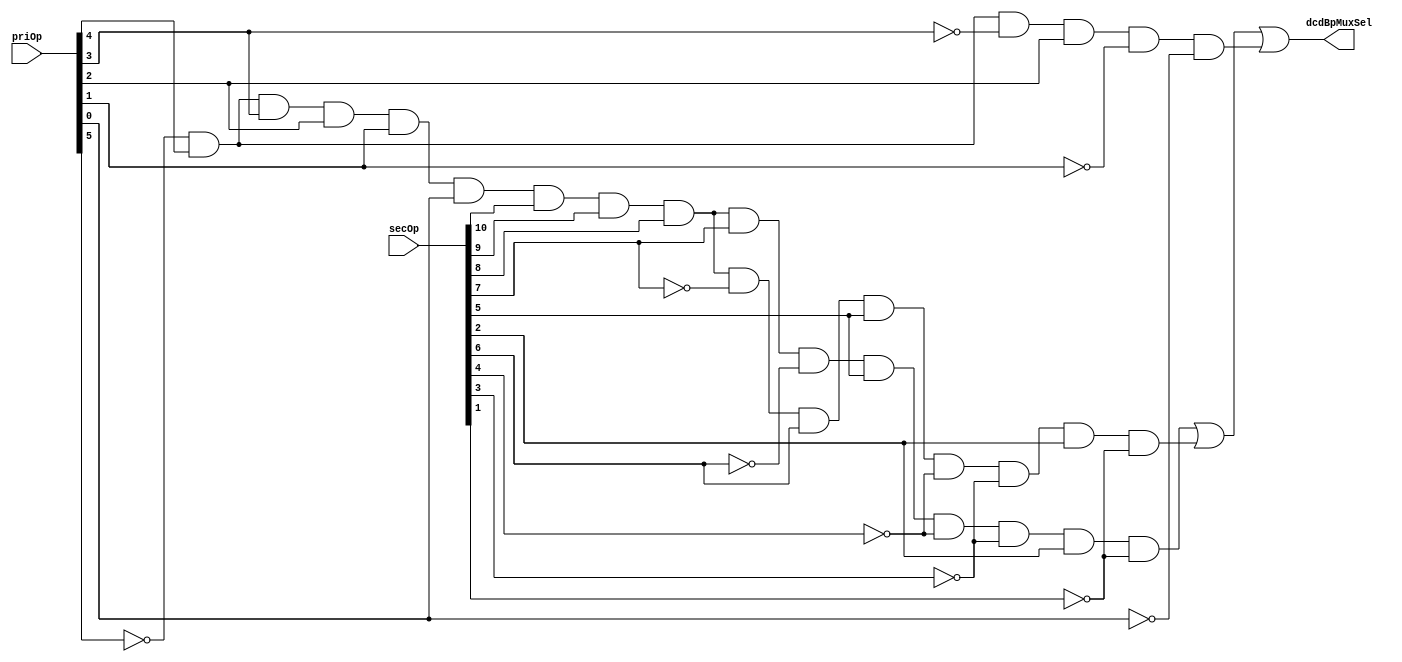
// 
// ************************************************************************** 
// 
//  Copyright (c) International Business Machines Corporation, 2005. 
// 
//  This file contains trade secrets and other proprietary and confidential 
//  information of International Business Machines Corporation which are 
//  protected by copyright and other intellectual property rights and shall 
//  not be reproduced, transferred to other documents, disclosed to others, 
//  or used for any purpose except as specifically authorized in writing by 
//  International Business Machines Corporation. This notice must be 
//  contained as part of this text at all times. 
// 
// ************************************************************************** 
//
//  from espresso format file on Wed May 12 16:17:47 EDT 1999
// modulename is bPortPla
// input file is bPortPla.pers
// output file is bPortPla.v
// espresso will be called.
// ############################
// #                          #
// #  bPortPla  personality   #
// #                          #
// ############################
//
// # the types are:
// #.f    ones=1 , zero= comp ones, dcs = null
// #        this is like a regular PLA
// #.fd   dcs = -, ones = 1 without -, zero = comp(dcs union ones)
// #        all unlisted input combinations produce a 0 output
// #        note that if an output is covered by both a - and 1, it is -
// #.fr   ones = 1, zero=0, dcs= comp(ones union zero)
// #        all unlisted input combinations are don't cares
// #        note that if an output is covered by both a 0 and 1, it is error
// #.fdr  ones = 1, zero=0, dcs=-
// #        all unlisted input combinations are ?
// #        does not say what happens if overlapping covers
// #
// .outputnames dcdBpMuxSel
// .inputnames priOp[0:5] secOp[21:31]
// .type fd
// .i 17
// .o 1
// # History:
// # 01/14/98 Created.
// # 01/09/99 SBP Changed the secondaryOp of instr machhws from 118 to 108.
// #
// #
// #  NOTE 1) Added the floating point Instr to 401 dcdPla to create this PLA.
// #
// #  NOTE 2) plaCoproc is the coprocessor instruction enable signal. This pla activates this signal for the IBM portion of the#
// #          sandbox ops and for mult/div instructions that are to be coprocessor driven as indicated by the mult and div enable
// #          inputs.
// #
// #

// #-----------------------------------------------------
// #  INPUTS                                 | OUTPUTS
// #                                         |
// #                                         |  BPort
// #                                         |  Ad
// #Op        ExtOp     R                    |  Mx
// #I0-I5     I21  - I30C                    |  0
// #-----     -----------                       -
// #MAC Instructions
// # machhwu  RT,RA,RB  PRI = 4  SEC = 12
// 000100     -000001100-                       0
// # machhw   RT,RA,RB  PRI = 4  SEC = 44
// 000100     -000101100-                       0
// # machhwsu RT,RA,RB  PRI = 4  SEC = 76
// 000100     -001001100-                       0
// # machhws  RT,RA,RB  PRI = 4  SEC = 108
// 000100     -001101100-                       0
// # maclhwu  RT,RA,RB  PRI = 4  SEC = 396
// 000100     -110001100-                       0
// # maclhw   RT,RA,RB  PRI = 4  SEC = 428
// 000100     -110101100-                       0
// # maclhwsu RT,RA,RB  PRI = 4  SEC = 460
// 000100     -111001100-                       0
// # maclhws  RT,RA,RB  PRI = 4  SEC = 492
// 000100     -111101100-                       0
// # macchwu  RT,RA,RB  PRI = 4  SEC = 140
// 000100     -010001100-                       0
// # macchw   RT,RA,RB  PRI = 4  SEC = 172
// 000100     -010101100-                       0
// # macchwsu RT,RA,RB  PRI = 4  SEC = 204
// 000100     -011001100-                       0
// # macchws  RT,RA,RB  PRI = 4  SEC = 236
// 000100     -011101100-                       0
// # mulhhwu  RT,RA,RB  PRI = 4  SEC = 8
// 000100     0000001000-                       0
// # mulhhw   RT,RA,RB  PRI = 4  SEC = 40
// 000100     0000101000-                       0
// # mullhwu  RT,RA,RB  PRI = 4  SEC = 392
// 000100     0110001000-                       0
// # mullhw   RT,RA,RB  PRI = 4  SEC = 424
// 000100     0110101000-                       0
// # mulchwu  RT,RA,RB  PRI = 4  SEC = 136
// 000100     0010001000-                       0
// # mulchw   RT,RA,RB  PRI = 4  SEC = 168
// 000100     0010101000-                       0
// # nmachhw  RT,RA,RB  PRI = 4  SEC = 46
// 000100     -000101110-                       0
// # nmaclhw  RT,RA,RB  PRI = 4  SEC = 430
// 000100     -110101110-                       0
// # nmacchw  RT,RA,RB  PRI = 4  SEC = 174
// 000100     -010101110-                       0
// # nmachhws RT,RA,RB  PRI = 4  SEC = 110
// 000100     -001101110-                       0
// # nmaclhws RT,RA,RB  PRI = 4  SEC = 494
// 000100     -111101110-                       0
// # nmacchws RT,RA,RB  PRI = 4  SEC = 238
// 000100     -011101110-                       0
// #
// #
// #

// #-----------------------------------------------------
// #  INPUTS                                 | OUTPUTS
// #                                         |
// #                                         |  BPort
// #                                         |  Ad
// #Op        ExtOp     R                    |  Mx
// #I0-I5     I21  - I30C                    |  0
// #-----     -----------                       -
// #Fixed Point Arithmetic Instructions
// #   addi   RT,RA.SI  PRI = 14 SEC = None
// 001110     -----------                       ~
// #   addis  RT,RA,SI  PRI = 15 SEC = None
// 001111     -----------                       ~
// #   add    RT,RA,RB  PRI = 31 SEC = 266
// 011111     -100001010-                       0
// #   subf   RT,RA,RB  PRI = 31 SEC =  40
// 011111     -000101000-                       0
// #   addic  RT,RA,SI  PRI = 12 SEC = None
// 001100     -----------                       ~
// #   addic. RT,RA,SI  PRI = 13 SEC = None
// 001101     -----------                       ~
// #   subfic RT,RA,SI  PRI =  8 SEC = None
// 001000     -----------                       ~
// #   addc   RT,RA,RB  PRI = 31 SEC =  10
// 011111     -000001010-                       0
// #   subfc  RT,RA,RB  PRI = 31 SEC =   8
// 011111     -000001000-                       0
// #   adde   RT,RA,RB  PRI = 31 SEC = 138
// 011111     -010001010-                       0
// #   subfe  RT,RA,RB  PRI = 31 SEC = 136
// 011111     -010001000-                       0
// #   addme  RT,RA     PRI = 31 SEC = 234
// 011111     -011101010-                       ~
// #   subfme RT,RA     PRI = 31 SEC = 232
// 011111     -011101000-                       ~
// #   addze  RT,RA     PRI = 31 SEC = 202
// 011111     -011001010-                       ~
// #   subfze RT,RA     PRI = 31 SEC = 200
// 011111     -011001000-                       ~
// #   neg    RT,RA     PRI = 31 SEC = 104
// 011111     -001101000-                       ~
// #   mulli  RT,RA,SI  PRI =  7 SEC = None
// 000111     -----------                       ~
// #   mullw  RT,RA,RB  PRI = 31 SEC = 235
// 011111     -011101011-                       0
// #   mulhw  RT,RA,RB  PRI = 31 SEC =  75
// 011111     0001001011-                       0
// #   mulhwu RT,RA,RB  PRI = 31 SEC =  11
// 011111     0000001011-                       0
// #   divw   RT,RA,RB  PRI = 31 SEC = 491
// 011111     -111101011-                       0
// #   divwu  RT,RA,RB  PRI = 31 SEC = 459
// 011111     -111001011-                       0
// #
// #
// #

// #-----------------------------------------------------
// #  INPUTS                                 | OUTPUTS
// #                                         |
// #                                         |  BPort
// #                                         |  Ad
// #Op        ExtOp     R                    |  Mx
// #I0-I5     I21    I30C                    |  0
// #-----     -----------                       -
// # Fixed Point Compare Instruction
// #   cmpwi  BF,RA,SI  PRI = 11 SEC = None
// 001011     -----------                       ~
// #   cmpw   BF,RA,RB  PRI = 31 SEC =   0
// 011111     0000000000-                       0
// #   cmplwi BF,RA,UI  PRI = 10 SEC = None
// 001010     -----------                       ~
// #   cmplw  BF,RA,RB  PRI = 31 SEC =  32
// 011111     0000100000-                       0
// # Fixed Point Trap Instructions
// #   twi    TO,RA,SI  PRI =  3 SEC = None
// 000011     -----------                       ~
// #   tw     TO,RA,RB  PRI = 31 SEC =   4
// 011111     0000000100-                       0
// # Fixed Point Logical Instruction
// #   andi.  RA,RS,UI  PRI = 28 SEC = None
// 011100     -----------                       ~
// #   andis. RA,RS,UI  PRI = 29 SEC = None
// 011101     -----------                       ~
// #   ori    RA,RS,UI  PRI = 24 SEC = None
// 011000     -----------                       ~
// #   oris   RA,RS,UI  PRI = 25 SEC = None
// 011001     -----------                       ~
// #   xori   RA,RS,UI  PRI = 26 SEC = None
// 011010     -----------                       ~
// #   xoris  RA,RS,UI  PRI = 27 SEC = None
// 011011     -----------                       ~
// #   and    RA,RS,RB  PRI = 31 SEC =  28
// 011111     0000011100-                       0
// #   or     RA,RS,RB  PRI = 31 SEC = 444
// 011111     0110111100-                       0
// #   xor    RA,RS,RB  PRI = 31 SEC = 316
// 011111     0100111100-                       0
// #   nand   RA,RS,RB  PRI = 31 SEC = 476
// 011111     0111011100-                       0
// #   nor    RA,RS,RB  PRI = 31 SEC = 124
// 011111     0001111100-                       0
// #   eqv    RA,RS,RB  PRI = 31 SEC = 284
// 011111     0100011100-                       0
// #   andc   RA,RS,RB  PRI = 31 SEC =  60
// 011111     0000111100-                       0
// #   orc    RA,RS,RB  PRI = 31 SEC = 412
// 011111     0110011100-                       0
// #   extsb  RA,RS     PRI = 31 SEC = 954
// 011111     1110111010-                       ~
// #   extsh  RA,RS     PRI = 31 SEC = 922
// 011111     1110011010-                       ~
// #   cntlzw RA,RS     PRI = 31 SEC =  26
// 011111     0000011010-                       ~
// #   dlmzb  RA,RS,RB  PRI = 31 SEC =  78
// 011111     0001001110-                       0
// #
// #

// #-----------------------------------------------------
// #  INPUTS                                 | OUTPUTS
// #                                         |
// #                                         |  BPort
// #                                         |  Ad
// #Op        ExtOp     R                    |  Mx
// #I0-I5     I21  - I30C                    |  0
// #-----     -----------                       -
// # Fixed Point Rotate and Shift Instructions
// # rlwinm RA,RS,SH,MB,ME PRI = 21 SEC = None
// 010101     -----------                       ~
// # rlwnm  RA,RS,RB,MB,ME PRI = 23 SEC = None
// 010111     -----------                       0
// # rlwimi RA,RS,SH,MB,ME PRI = 20 SEC = None
// 010100     -----------                       1
// # slw    RA,RS,RB       PRI = 31 SEC =  24
// 011111     0000011000-                       0
// # srw    RA,RS,RB       PRI = 31 SEC = 536
// 011111     1000011000-                       0
// # srawi  RA,RS,SH       PRI = 31 SEC = 824
// 011111     1100111000-                       ~
// # sraw   RA,RS,RB       PRI = 31 SEC = 792
// 011111     1100011000-                       0
// #
// # CR Logical Instructions
// #   crand  BT,BA,BB  PRI = 19 SEC = 257
// 010011     0100000001-                       ~
// #   cror   BT,BA,BB  PRI = 19 SEC = 449
// 010011     0111000001-                       ~
// #   crxor  BT,BA,BB  PRI = 19 SEC = 193
// 010011     0011000001-                       ~
// #   crnand BT,BA,BB  PRI = 19 SEC = 225
// 010011     0011100001-                       ~
// #   crnor  BT,BA,BB  PRI = 19 SEC =  33
// 010011     0000100001-                       ~
// #   creqv  BT,BA,BB  PRI = 19 SEC = 289
// 010011     0100100001-                       ~
// #   crandc BT,BA,BB  PRI = 19 SEC = 129
// 010011     0010000001-                       ~
// #   crorc  BT,BA,BB  PRI = 19 SEC = 417
// 010011     0110100001-                       ~
// #   mcrf   BF,BFA    PRI = 19 SEC =   0
// 010011     0000000000-                       ~
// #
// #

// #-----------------------------------------------------
// #  INPUTS                                 | OUTPUTS
// #                                         |
// #                                         |  BPort
// #                                         |  Ad
// #Op        ExtOp     R                    |  Mx
// #I0-I5     I21  - I30C                    |  0
// #-----     -----------                       -
// # Fixed Point Load Instructions
// #   lbz   RT,D(RA)   PRI = 34 SEC = None
// 100010     -----------                       ~
// #   lbzu  RT,D(RA)   PRI = 35 SEC = None
// 100011     -----------                       ~
// #   lbzx  RT,RA,RB   PRI = 31 SEC =  87
// 011111     0001010111-                       0
// #   lbzux RT,RA,RB   PRI = 31 SEC = 119
// 011111     0001110111-                       0
// #   lhz   RT,D(RA)   PRI = 40 SEC = None
// 101000     -----------                       ~
// #   lhzu  RT,D(RA)   PRI = 41 SEC = None
// 101001     -----------                       ~
// #   lhzx  RT,RA,RB   PRI = 31 SEC = 279
// 011111     0100010111-                       0
// #   lhzux RT,RA,RB   PRI = 31 SEC = 311
// 011111     0100110111-                       0
// #   lha   RT,D(RA)   PRI = 42 SEC = None
// 101010     -----------                       ~
// #   lhau  RT,D(RA)   PRI = 43 SEC = None
// 101011     -----------                       ~
// #   lhax  RT,RA,RB   PRI = 31 SEC = 343
// 011111     0101010111-                       0
// #   lhaux RT,RA,RB   PRI = 31 SEC = 375
// 011111     0101110111-                       0
// #   lwz   RT,D(RA)   PRI = 32 SEC = None
// 100000     -----------                       ~
// #   lwzu  RT,D(RA)   PRI = 33 SEC = None
// 100001     -----------                       ~
// #   lwzx  RT,RA,RB   PRI = 31 SEC =  23
// 011111     0000010111-                       0
// #   lwzux RT,RA,RB   PRI = 31 SEC =  55
// 011111     0000110111-                       0
// #
// # Fixed Point Store Instructions
// #   stb   RS,D(RA)   PRI = 38 SEC = None
// 100110     -----------                       ~
// #   stbu  RS,D(RA)   PRI = 39 SEC = None
// 100111     -----------                       ~
// #   stbx  RS,RA,RB   PRI = 31 SEC = 215
// 011111     0011010111-                       0
// #   stbux RS,RA,RB   PRI = 31 SEC = 247
// 011111     0011110111-                       0
// #   sth   RS,D(RA)   PRI = 44 SEC = None
// 101100     -----------                       ~
// #   sthu  RS,D(RA)   PRI = 45 SEC = None
// 101101     -----------                       ~
// #   sthx  RS,RA,RB   PRI = 31 SEC = 407
// 011111     0110010111-                       0
// #   sthux RS,RA,RB   PRI = 31 SEC = 439
// 011111     0110110111-                       0
// #   stw   RS,D(RA)   PRI = 36 SEC = None
// 100100     -----------                       ~
// #   stwu  RS,D(RA)   PRI = 37 SEC = None
// 100101     -----------                       ~
// #   stwx  RS,RA,RB   PRI = 31 SEC = 151
// 011111     0010010111-                       0
// #   stwux RS,RA,RB   PRI = 31 SEC = 183
// 011111     0010110111-                       0
// #
// #

// #-----------------------------------------------------
// #  INPUTS                                 | OUTPUTS
// #                                         |
// #                                         |  BPort
// #                                         |  Ad
// #Op        ExtOp     R                    |  Mx
// #I0-I5     I21  - I30C                    |  0
// #-----     -----------                       -
// # Fixed Point Load and Store with Byte Reversal
// #   lhbrx  RT,RA,RB  PRI = 31 SEC = 790
// 011111     1100010110-                       0
// #   lwbrx  RT,RA,RB  PRI = 31 SEC = 534
// 011111     1000010110-                       0
// #   sthbrx RS,RA,RB  PRI = 31 SEC = 918
// 011111     1110010110-                       0
// #   stwbrx RS,RA,RB  PRI = 31 SEC = 662
// 011111     1010010110-                       0
// #
// # Fixed Point Load and Store Multiple Instructions
// #   lmw  RT,D(RA)    PRI = 46 SEC = None
// 101110     -----------                       ~
// #   stmw RS,D(RA)    PRI = 47 SEC = None
// 101111     -----------                       ~
// #
// # Fixed Point Move Assist Instructions
// #   lswi  RT,RA,NB   PRI = 31 SEC = 597
// 011111     1001010101-                       ~
// #   lswx  RT,RA,RB   PRI = 31 SEC = 533
// 011111     1000010101-                       0
// #   stswi RS,RA,NB   PRI = 31 SEC = 725
// 011111     1011010101-                       ~
// #   stswx RS,RA,RB   PRI = 31 SEC = 661
// 011111     1010010101-                       0
// #
// # Storage Synchronization Instructions
// #   lwarx  RT,RA,RB  PRI = 31 SEC =  20
// 011111     0000010100-                       0
// #   stwcx. RS,RA,RB  PRI = 31 SEC = 150
// 011111     00100101101                       0
// #   sync             PRI = 31 SEC = 598
// 011111     1001010110-                       ~
// #
// #

// #-----------------------------------------------------
// #  INPUTS                                 | OUTPUTS
// #                                         |
// #                                         |  BPort
// #                                         |  Ad
// #Op        ExtOp     R                    |  Mx
// #I0-I5     I21  - I30C                    |  0
// #-----     -----------                       -
// # Miscellaneous Instructions
// #   mtcrf  FXM,RS    PRI = 31 SEC = 144
// 011111     0010010000-                       ~
// #   mfcr   RT        PRI = 31 SEC =  19
// 011111     0000010011-                       ~
// #   mcrxr  BF        PRI = 31 SEC = 512
// 011111     1000000000-                       ~
// #   mfspr  RT,SPR    PRI = 31 SEC = 339,371
// 011111     0101-10011-                       ~
// #   mtspr  SPR,RS    PRI = 31 SEC = 467
// 011111     0111010011-                       ~
// #   mfdcr  RT,DCR    PRI = 31 SEC = 323
// 011111     0101000011-                       ~
// #   mtdcr  DCR,RS    PRI = 31 SEC = 451
// 011111     0111000011-                       ~
// #   mfmsr  RT        PRI = 31 SEC = 339
// 011111     0001010011-                       ~
// #   mtmsr  RS        PRI = 31 SEC = 467
// 011111     0010010010-                       ~
// #
// #  system call
// #   sc               PRI = 17 SEC =   1
// 010001     ---------1-                       ~
// #
// # Interrupt Control Instructions
// #   rfi              PRI = 19 SEC =  50
// 010011     0000110010-                       ~
// #   rfci             PRI = 19 SEC =  51
// 010011     0000110011-                       ~
// #   wrtee  RS        PRI = 31 SEC = 131
// 011111     0010000011-                       ~
// #   wrteei E         PRI = 31 SEC = 163
// 011111     0010100011-                       ~
// #
// #

// #-----------------------------------------------------
// #  INPUTS                                 | OUTPUTS
// #                                         |
// #                                         |  BPort
// #                                         |  Ad
// #Op        ExtOp     R                    |  Mx
// #I0-I5     I21  - I30C                    |  0
// #-----     -----------                       -
// # Storage Control Instructions
// #   eieio            PRI = 31 SEC = 854
// 011111     1101010110-                       ~
// #   isync            PRI = 19 SEC = 150
// 010011     0010010110-                       ~
// #   dcbt   RA,RB     PRI = 31 SEC = 278
// 011111     0100010110-                       0
// #   dcbtst RA,RB     PRI = 31 SEC = 246
// 011111     0011110110-                       0
// #   dcbz/dcba   RA,RB  PRI = 31  SEC =1014/75
// 011111     1-11110110-                       0
// #   dcbst  RA,RB     PRI = 31 SEC =  54
// 011111     0000110110-                       0
// #   dcbf   RA,RB     PRI = 31 SEC =  86
// 011111     0001010110-                       0
// #   dcbi   RA,RB     PRI = 31 SEC = 470
// 011111     0111010110-                       0
// #   dccci  RA,RB     PRI = 31 SEC = 454
// 011111     0111000110-                       0
// #   dcread RT,RA,RB  PRI = 31 SEC = 486
// 011111     0111100110-                       0
// #   icbt   RA,RB     PRI = 31 1EC = 262
// 011111     0100000110-                       0
// #   icbi   RA,RB     PRI = 31 SEC = 982
// 011111     1111010110-                       0
// #   iccci  RA,RB     PRI = 31 SEC = 965
// 011111     1111000110-                       0
// #   icread RA,RB     PRI = 31 SEC = 998
// 011111     1111100110-                       0
// #
// #
// # TLB instructions
// # tlbia              PRI = 31 SEC = 370
// 011111     0101110010-                       ~
// # tlbsx(.) RT,RA,RB  PRI = 31 SEC = 914
// 011111     1110010010-                       0
// # tlbre    RT,RA,WS  PRI = 31 SEC = 946
// 011111     1110110010-                       1
// # tlbwe    RS,RA,WS  PRI = 31 SEC = 978
// 011111     1111010010-                       1
// # tlbsync            PRI = 31 SEC = 566
// 011111     1000110110-                       ~
// #
// # Branches
// # b                  PRI = 18 SEC = None
// 010010     -----------                       ~
// # bc                 PRI = 16 SEC = None
// 010000     -----------                       ~
// # bclr               PRI = 19 SEC =  16
// 010011     0000010000-                       ~
// # bcctr              PRI = 19 SEC = 528
// 010011     1000010000-                       ~
// #

// #-----------------------------------------------------
// #  INPUTS                                 | OUTPUTS
// #                                         |
// #                        Pre              |  BPort
// #                        Decode           |  Ad
// #Op        ExtOp     R   Bport            |  En
// #I0-I5     I21  - I30C   Op               |  0
// #-----     -----------   ------           -
// # Float Point Load and Store Instructions
// #   lfs    FRT,D(RA) PRI = 48 SEC = None
// 110000     -----------                       0
// #   lfsx   FRT,RA,RB PRI = 31 SEC = 535
// 011111     1000010111-                       0
// #   lfsu   FRT,D(RA) PRI = 49 SEC = None
// 110001     -----------                       0
// #   lfsux  FRT,RA,RB PRI = 31 SEC = 567
// 011111     1000110111-                       0
// #   lfd    FRT,D(RA) PRI = 50 SEC = None
// 110010     -----------                       0
// #   lfdx   FRT,RA,RB PRI = 31 SEC = 599
// 011111     1001010111-                       0
// #   lfdu   FRT,D(RA) PRI = 51 SEC = None
// 110011     -----------                       0
// #   lfdux  FRT,RA,RB PRI = 31 SEC = 631
// 011111     1001110111-                       0
// #   stfs   FRS,D(RA) PRI = 52 SEC = None
// 110100     -----------                       0
// #   stfsx  FRS,RA,RB PRI = 31 SEC = 663
// 011111     1010010111-                       0
// #   stfsu  FRS,D(RA) PRI = 53 SEC = None
// 110101     -----------                       0
// #   stfsux FRS,RA,RB PRI = 31 SEC = 695
// 011111     1010110111-                       0
// #   stfd   FRS,D(RA) PRI = 54 SEC = None
// 110110     -----------                       0
// #   stfdx  FRS,RA,RB PRI = 31 SEC = 727
// 011111     1011010111-                       0
// #   stfdu  FRS,D(RA) PRI = 55 SEC = None
// 110111     -----------                       0
// #   stfdux FRS,RA,RB PRI = 31 SEC = 759
// 011111     1011110111-                       0
// #   stfiwx FRS,RA,RB PRI = 31 SEC = 983
// 011111     1111010111-                       0
// #
// # VMX Load/Store Instructions
// #   lvebx VT,RA,RB   PRI = 31 SEC =   7
// 011111     0000000111-                       0
// #   lvehx VT,RA,RB   PRI = 31 SEC =  39
// 011111     0000100111-                       0
// #   lvewx VT,RA,RB   PRI = 31 SEC =  71
// 011111     0001000111-                       0
// #   lvx   VT,RA,RB   PRI = 31 SEC = 103
// 011111     0001100111-                       0
// #   lvxl  VT,RA,RB   PRI = 31 SEC = 359
// 011111     0101100111-                       0
// #   stvebx VS,RA,RB   PRI = 31 SEC = 135
// 011111     0010000111-                       0
// #   stvehx VS,RA,RB   PRI = 31 SEC = 167
// 011111     0010100111-                       0
// #   stvewx VS,RA,RB   PRI = 31 SEC = 199
// 011111     0011000111-                       0
// #   stvx  VS,RA,RB   PRI = 31 SEC = 231
// 011111     0011100111-                       0
// #   stvxl VS,RA,RB   PRI = 31 SEC = 487
// 011111     0111100111-                       0
module p405s_bPortPla (
dcdBpMuxSel,
priOp,
secOp);

output  dcdBpMuxSel;

input [0:5] priOp;
input [21:31] secOp;

wire [0:5] not_priOp;
wire [21:31] not_secOp;

wire [0:2] pterm;

assign not_priOp[0] = ~(priOp[0]);
assign not_priOp[2] = ~(priOp[2]);
assign not_priOp[4] = ~(priOp[4]);
assign not_priOp[5] = ~(priOp[5]);
assign not_secOp[24] = ~(secOp[24]);
assign not_secOp[25] = ~(secOp[25]);
assign not_secOp[27] = ~(secOp[27]);
assign not_secOp[28] = ~(secOp[28]);
assign not_secOp[30] = ~(secOp[30]);

// AND array expressions and reprint of all terms
// <0> 0111111111010010- 1
assign pterm[0] = (not_priOp[0] & priOp[1] & priOp[2] & priOp[3] & priOp[4] & priOp[5] & 
   secOp[21] & secOp[22] & secOp[23] & secOp[24] & not_secOp[25] & secOp[26] & 
   not_secOp[27] & not_secOp[28] & secOp[29] & not_secOp[30]);
// <1> 0111111110110010- 1
assign pterm[1] = (not_priOp[0] & priOp[1] & priOp[2] & priOp[3] & priOp[4] & priOp[5] & 
   secOp[21] & secOp[22] & secOp[23] & not_secOp[24] & secOp[25] & secOp[26] & 
   not_secOp[27] & not_secOp[28] & secOp[29] & not_secOp[30]);
// <2> 010100----------- 1
assign pterm[2] = (not_priOp[0] & priOp[1] & not_priOp[2] & priOp[3] & not_priOp[4] & 
   not_priOp[5]);

// OR array expressions
assign dcdBpMuxSel = (pterm[0] | pterm[1] | pterm[2]);

endmodule